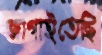
জাগাইতেছি